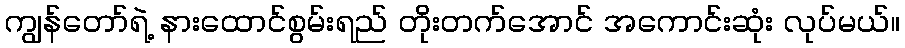
ကျွန်တော်ရဲ့ နားထောင်စွမ်းရည် တိုးတက်အောင် အကောင်းဆုံး လုပ်မယ်။